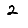
Digit: 2